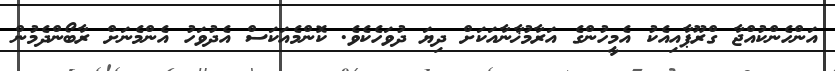
އަންހެންކުއްޖާ ގްރޫޕާއިއެކު އެމީހުންގެ އަރާމުޚާނާއަކަށް ދިޔަ ދުވަހެކެވެ. ކޮންމެއަކަސް އެދުވަހު އެންމެނަށް ރާބޯންދެމުން